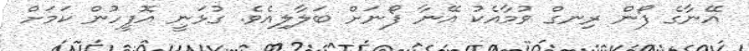
އޭނާގެ ފޯން ރިނގް ވުމާއެކު އޭނާ ފޯނަށް ބަލާލިއެވެ. ގުޅަނީ އޮފީހުން ކަމަށް